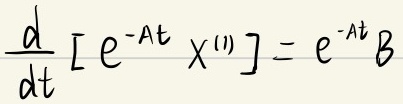
\[\frac{d}{dt}\left[ e^{-At}x^{(1)}\right]=e^{-At}B\]